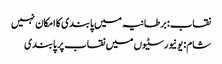
نقاب: برطانیہ میں پابندی کا امکان نہیں
شام: یونیورسٹیوں میں نقاب پر پابندی